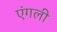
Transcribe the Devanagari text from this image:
एंगली